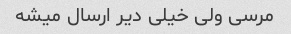
مرسی ولی خیلی دیر ارسال میشه